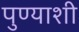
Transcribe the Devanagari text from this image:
पुण्याशी